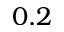
0 . 2